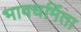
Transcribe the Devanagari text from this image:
भावधर्मिता